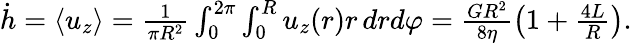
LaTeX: \begin{array}{r}{\dot{h}=\langle u_{z}\rangle=\frac{1}{\pi R^{2}}\int_{0}^{2\pi}\int_{0}^{R}u_{z}(r)r\, drd\varphi=\frac{GR^{2}}{8\eta}\left(1+\frac{4L}{R}\right).}\end{array}